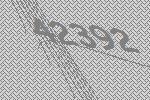
42392